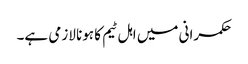
حکمرانی میں اہل ٹیم کا ہونا لازمی ہے۔